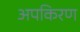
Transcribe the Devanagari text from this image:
अपकिरण